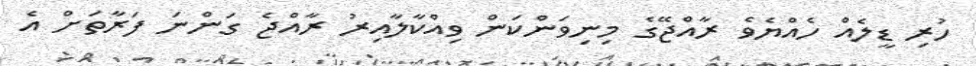
ހުރި ޑީލެއް ހެއްޔެވެ ރާއްޖޭގެ މިނިވަންކަން ވިއްކާލާއިރު ރާއްޖެ ގަންނަ ފަރާތަށް އެ